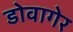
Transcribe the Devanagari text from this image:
डोवागेर